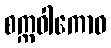
စက္ကဝါကောဝ